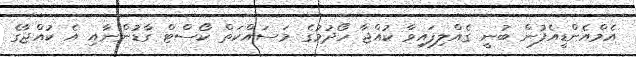
އެމްއެންޑީއެފުން ބުނީ ގެއްލިފައިވާ ކުއްޖާ ހޯދުމުގެ މަސައްކަތް ކޯސްޓް ގާޑުންނާއި އެ ކުއްޖާގެ